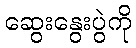
ဆွေးနွေးပွဲကို